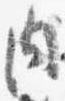
内